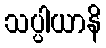
သပ္ပါယာနိ